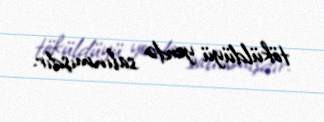
töküldüyü yerdə salınmışdır.